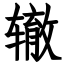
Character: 辙